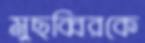
মুছব্বিরকে